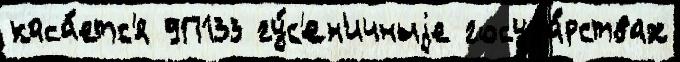
каса́етс'я 9П133 гу́с'ен'ичныjе госуда́рствах